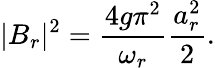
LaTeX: |B_{r}|^{2}=\frac{4g\pi^{2}}{\omega_{r}}\frac{a_{r}^{2}}{2}.